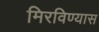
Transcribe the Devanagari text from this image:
मिरविण्यास